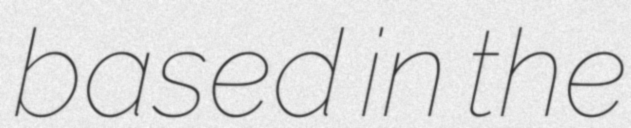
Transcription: based in the